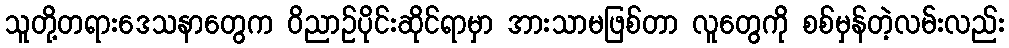
သူတို့တရားဒေသနာတွေက ဝိညာဉ်ပိုင်းဆိုင်ရာမှာ အားသာမဖြစ်တာ လူတွေကို စစ်မှန်တဲ့လမ်းလည်း